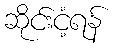
ဆိုင်းငံ့ရန်